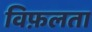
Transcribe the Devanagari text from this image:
विफ़लता